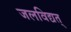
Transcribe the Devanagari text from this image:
जलविद्यत्